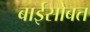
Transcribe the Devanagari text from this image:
बाईसोबत